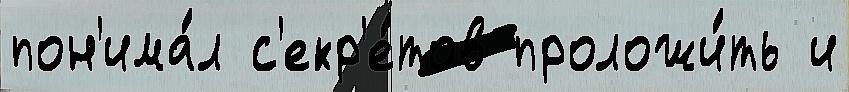
пон'има́л с'екр'е́тов проложи́ть и